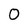
Character: 0